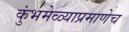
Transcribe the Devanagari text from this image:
कुंभमेळ्याप्रमाणेच